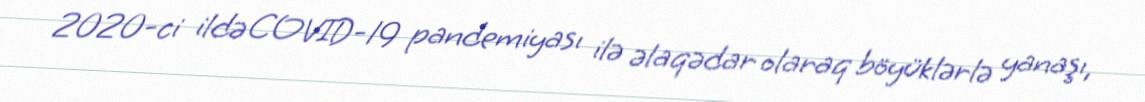
2020-ci ildə COVID-19 pandemiyası ilə əlaqədar olaraq böyüklərlə yanaşı,